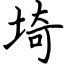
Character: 埼